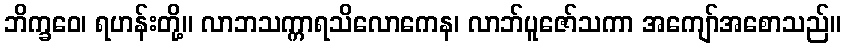
ဘိက္ခဝေ၊ ရဟန်းတို့။ လာဘသက္ကာရသိလောကေန၊ လာဘ်ပူဇော်သကာ အကျော်အစောသည်။